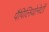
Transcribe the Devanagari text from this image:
पैपिलियोनेटी